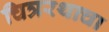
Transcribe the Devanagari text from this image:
चित्ररथाचा